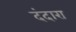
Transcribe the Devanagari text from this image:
दंदारा